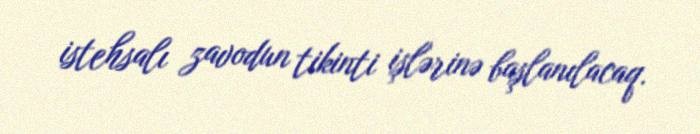
istehsalı zavodun tikinti işlərinə başlanılacaq.